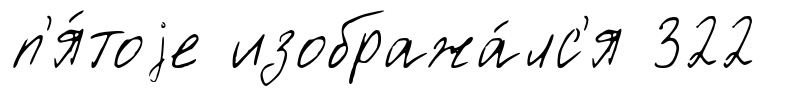
п'я́тоjе изобража́лс'я 322